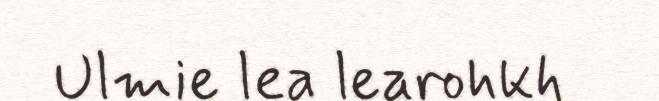
Ulmie lea learohkh